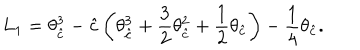
L _ { 1 } = \theta _ { \hat { c } } ^ { 3 } - { \hat { c } } \left( \theta _ { \hat { c } } ^ { 3 } + \frac { 3 } { 2 } \theta _ { \hat { c } } ^ { 2 } + \frac { 1 } { 2 } \theta _ { \hat { c } } \right) - \frac { 1 } { 4 } \theta _ { \hat { c } } .